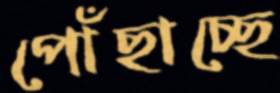
পোঁছাচ্ছে